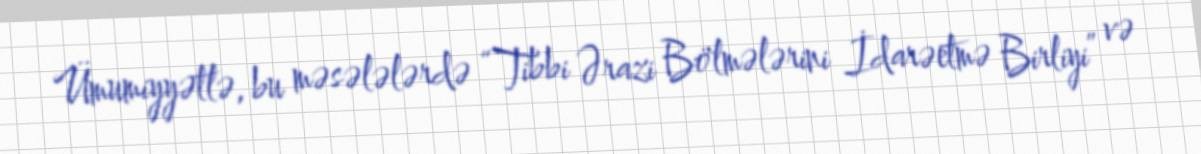
Ümumiyyətlə, bu məsələlərdə “Tibbi Ərazi Bölmələrini İdarəetmə Birliyi” və